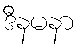
ဒီနမနာ